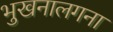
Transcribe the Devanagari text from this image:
भुखनालगना